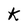
Character: k